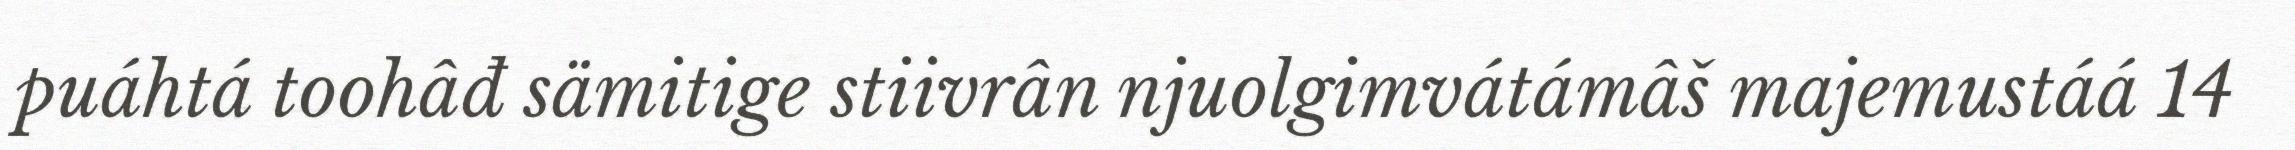
puáhtá toohâđ sämitige stiivrân njuolgimvátámâš majemustáá 14